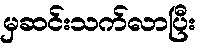
မှဆင်းသက်လာပြီး